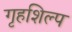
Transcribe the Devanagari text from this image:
गृहशिल्प